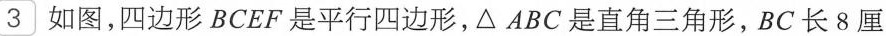
\square{3}如图，四边形BCEF是平行四边形，\triangle ABC是直角三角形，BC长8厘